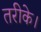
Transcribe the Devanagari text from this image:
तरीके।